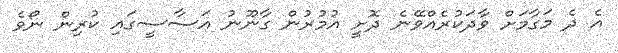
އެ ދެ މަގާމަށް ވާދަކުރެއްވޭނެ ދޮށީ އުމުރުން ގާނޫނު އަސާސީގައި ކުރިން ނޯވެ